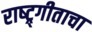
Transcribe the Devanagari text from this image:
राष्ट्र्गीताचा